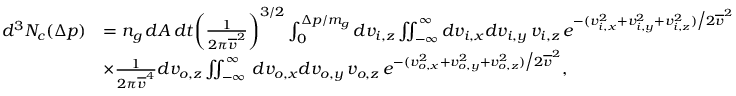
\begin{array} { r l } { d ^ { 3 } N _ { c } ( \Delta p ) } & { = n _ { g } \, d A \, d t \bigg ( \frac { 1 } { 2 \pi \overline { { v } } ^ { 2 } } \bigg ) ^ { 3 / 2 } \int _ { 0 } ^ { \Delta p / m _ { g } } d v _ { i , z } \iint _ { - \infty } ^ { \infty } d v _ { i , x } d v _ { i , y } \, v _ { i , z } \, e ^ { - ( v _ { i , x } ^ { 2 } + v _ { i , y } ^ { 2 } + v _ { i , z } ^ { 2 } ) \big / 2 \overline { { v } } ^ { 2 } } } \\ & { \times \frac { 1 } { 2 \pi \overline { { v } } ^ { 4 } } d v _ { o , z } \iint _ { - \infty } ^ { \infty } \, d v _ { o , x } d v _ { o , y } \, v _ { o , z } \, e ^ { - ( v _ { o , x } ^ { 2 } + v _ { o , y } ^ { 2 } + v _ { o , z } ^ { 2 } ) \big / 2 \overline { { v } } ^ { 2 } } , } \end{array}